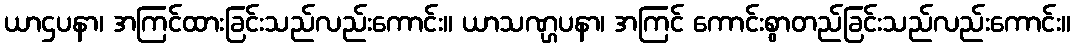
ယာဌပနာ၊ အကြင်ထားခြင်းသည်လည်းကောင်း။ ယာသဏ္ဌပနာ၊ အကြင် ကောင်းစွာတည်ခြင်းသည်လည်းကောင်း။